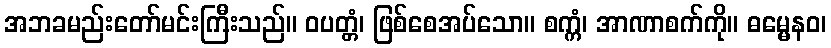
အဘခမည်းတော်မင်းကြီးသည်။ ဝပတ္တံ၊ ဖြစ်စေအပ်သော။ စက္ကံ၊ အာဏာစက်ကို။ ဓမ္မေနဝ၊